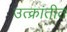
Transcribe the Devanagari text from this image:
उत्क्रांतीत